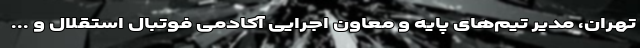
تهران، مدیر تیم‌های پایه و معاون اجرایی آکادمی فوتبال استقلال و ...